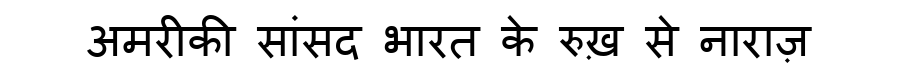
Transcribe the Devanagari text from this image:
अमरीकी सांसद भारत के रुख़ से नाराज़